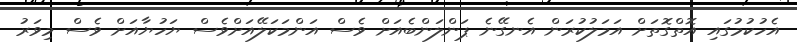
އެހުކުމުގައި އޮތްގޮތަށް އަމަލުކުރަން އެނގޭނެ ޕަންލަންބެއަށް ވެސް އަންމަކަލޭއަށްވެސް ޔަހުޔާއަށް ވެސް މިވަރު